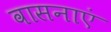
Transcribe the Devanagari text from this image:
वासनाएं